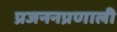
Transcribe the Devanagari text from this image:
प्रजननप्रणाली